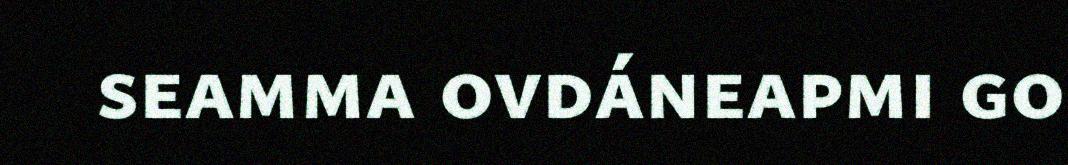
seamma ovdáneapmi go